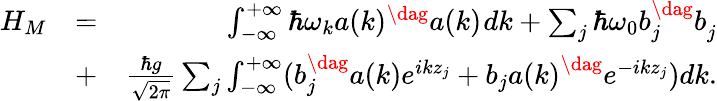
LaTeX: \begin{array}{rlr}{H_{M}}&{=}&{\int_{-\infty}^{+\infty}\hbar\omega_{k}a(k)^{\dag}a(k)^{\vphantom{\dag}}dk+\sum_{j}\hbar\omega_{0}b_{j}^{\dag}b_{j}^{\vphantom{\dag}}}\\ &{+}&{\frac{\hbar g}{\sqrt{2\pi}}\sum_{j}\int_{-\infty}^{+\infty}(b_{j}^{\dag}a{(k)}e^{ikz_{j}}+b_{j}a{(k)}^{\dag}e^{-ikz_{j}})dk.}\end{array}